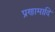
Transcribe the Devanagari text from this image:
प्रणामादि